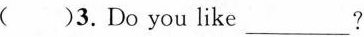
()3. Do you like ___?